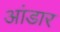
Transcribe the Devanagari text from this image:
आंडार